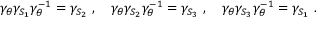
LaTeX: \gamma _ { \theta } \gamma _ { S _ { 1 } } \gamma _ { \theta } ^ { - 1 } = \gamma _ { S _ { 2 } } ~ , ~ ~ ~ \gamma _ { \theta } \gamma _ { S _ { 2 } } \gamma _ { \theta } ^ { - 1 } = \gamma _ { S _ { 3 } } ~ , ~ ~ ~ \gamma _ { \theta } \gamma _ { S _ { 3 } } \gamma _ { \theta } ^ { - 1 } = \gamma _ { S _ { 1 } } ~ .